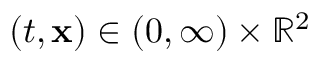
( t , \mathbf { x } ) \in ( 0 , \infty ) \times \mathbb { R } ^ { 2 }